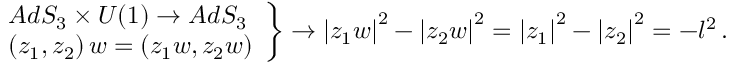
\begin{array} { l l l l } { { } } & { { } } & { { \nonumber } } \\ { { } } & { { } } & { { \left. \begin{array} { l l l l } { { } } & { { } } & { { A d S _ { 3 } \times U ( 1 ) \rightarrow A d S _ { 3 } } } \\ { { } } & { { } } & { { \left( z _ { 1 } , z _ { 2 } \right) w = \left( z _ { 1 } w , z _ { 2 } w \right) } } \end{array} \right\} \rightarrow \left| z _ { 1 } w \right| ^ { 2 } - \left| z _ { 2 } w \right| ^ { 2 } = \left| z _ { 1 } \right| ^ { 2 } - \left| z _ { 2 } \right| ^ { 2 } = - l ^ { 2 } \, . } } \end{array}